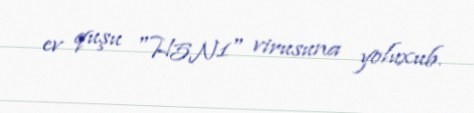
ev quşu "H5N1" virusuna yoluxub.